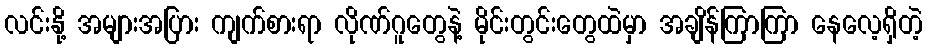
လင်းနို့ အများအပြား ကျက်စားရာ လိုဏ်ဂူတွေနဲ့ မိုင်းတွင်းတွေထဲမှာ အချိန်ကြာကြာ နေလေ့ရှိတဲ့